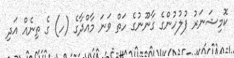
ކޮމިޝަނަރު ފުލުހުންގެ ގާނޫނުގެ ހަތް ވަނަ މާއްދާގެ (ހ) ގެ ތިނެއް އަދި